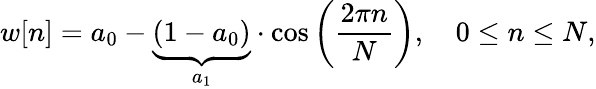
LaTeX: w[n]=a_{0}-\underbrace{(1-a_{0})}_{a_{1}}\cdot\cos\left({\frac{2\pi n}{N}}\right),\quad 0\leq n\leq N,